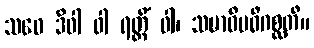
သဝေ ဒိဝါ ဝါ ရတ္တိံ ဝါ၊ သမာဓိမဓိဂစ္ဆတိ။